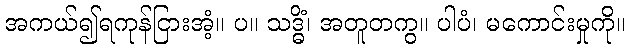
အကယ်၍ရကုန်ငြားအံ့။ ပ။ သဒ္ဓိံ၊ အတူတကွ။ ပါပံ၊ မကောင်းမှုကို။